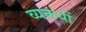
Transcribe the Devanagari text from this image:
व्यक्तयों